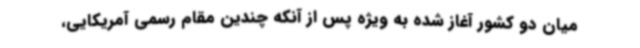
میان دو کشور آغاز شده به ویژه پس از آنکه چندین مقام رسمی آمریکایی،